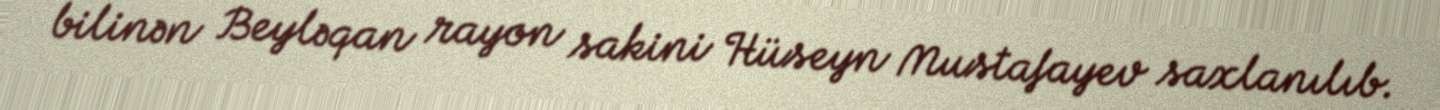
bilinən Beyləqan rayon sakini Hüseyn Mustafayev saxlanılıb.